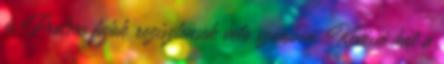
és Proteus fajok rezisztensek vele szemben. Kevéssé hat a